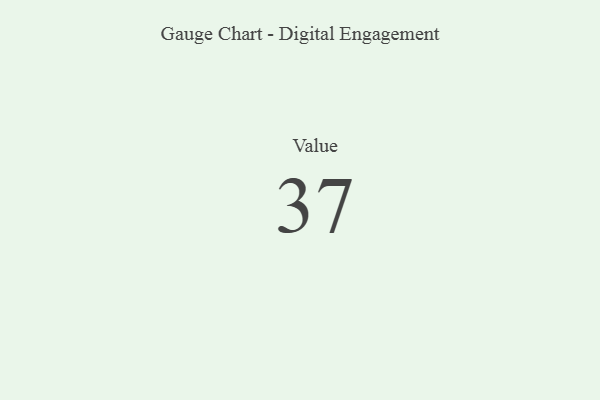
{"axis": {"x": "Metric", "y": "Value"}, "legend": [""], "data": [{"x": "Value", "y": 37, "type": ""}]}